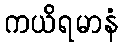
ကယိရမာနံ